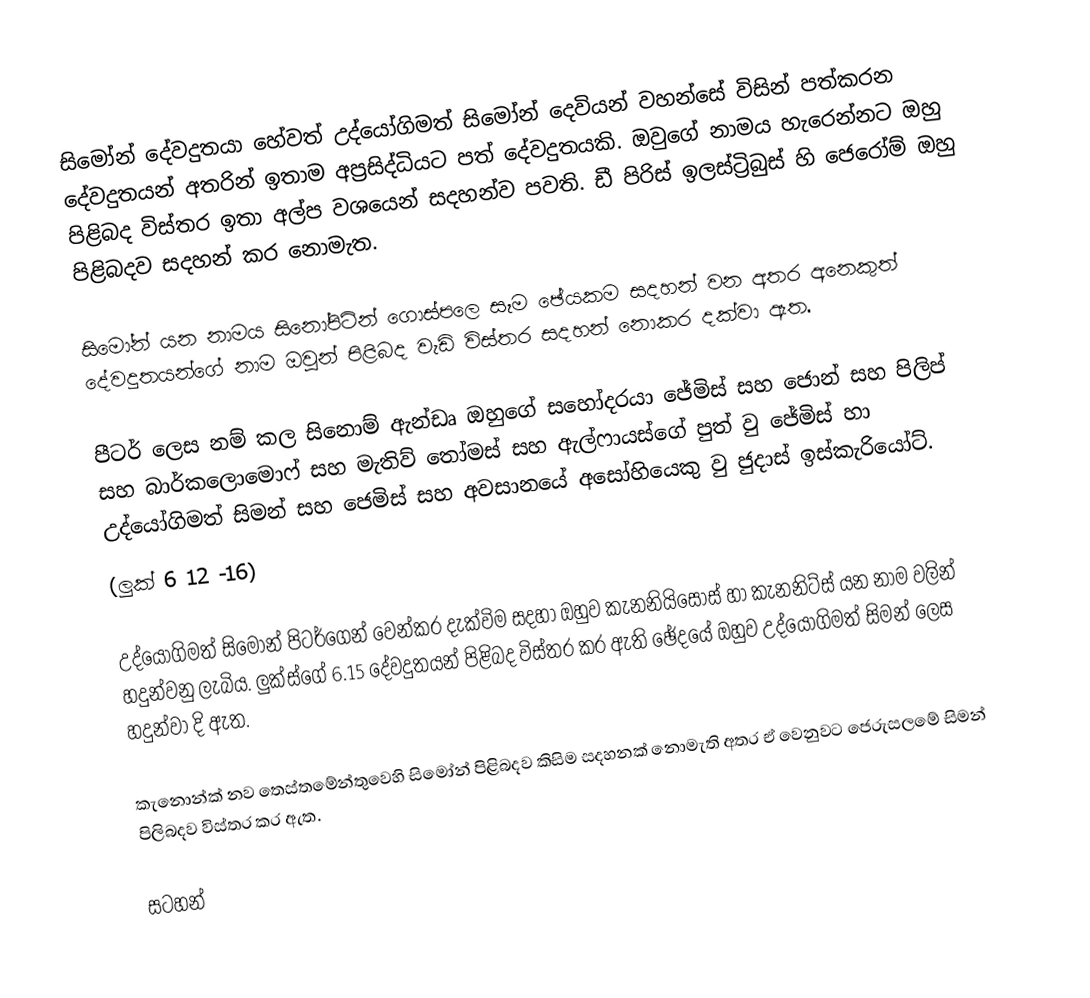
සිමෝන් දේවදුතයා හේවත් උද්යෝගිමත් සිමෝන් දෙවියන් වහන්සේ විසින් පත්කරන දේවදුතයන් අතරින් ඉතාම අප්‍රසිද්ධියට පත් දේවදුතයකි. ඔවුගේ නාමය හැරෙන්නට ඔහු පිළිබද විස්තර ඉතා අල්ප වශයෙන් සදහන්ව පවති. ඩී පිරිස් ඉලස්ට්‍රිබුස් හි ජෙරෝම් ඔහු පිළිබදව සදහන් කර නොමැත.

සිමෝන් යන නාමය සිනෝපිටින් ගොස්පලෙ සෑම ඡේයකම සදහන් වන අතර අනෙකුත් දේවදුතයන්ගේ නාම ඔවුන් පිළිබද වැඩි විස්තර සදහන් නොකර දක්වා ඇත.

පීටර් ලෙස නම් කල සිනොම් ඇන්ඩෘ ඔහුගේ සහෝදරයා ජේමිස් සහ ජොන් සහ පිලිප් සහ බාර්කලොමොෆ් සහ මැතිව් තෝමස් සහ ඇල්ෆායස්ගේ පුත් වු ජේමිස් හා උද්යෝගිමත් සිමන් සහ ජෙමිස් සහ අවසානයේ අ‍සෝහියෙකු වු ජුදාස් ඉස්කැරියෝට්.
(ලුක් 6 12 -16)

උද්යෝගිමත් සිමෝන් පිටර්ගෙන් වෙන්කර දැක්විම සදහා ඔහුව කැනනි‍යිසොස් හා කැනනිට්ස් යන නාම වලින් හදුන්වනු ලැබිය. ලුක්ස්ගේ 6.15 දේවදුතයන් පිළිබද විස්තර කර ඇති ඡේදයේ ඔහුව උද්යෝගිමත් සිමන් ලෙස හදුන්වා දි ඇත.

කැනොන්ක් නව තෙස්තමේන්තුවෙහි සිමෝන් පිළිබදව කිසිම සදහනක් නොමැති අතර ඒ වෙනුවට ජෙරුසලමේ සිමන් පිලිබදව විස්තර කර ඇත.

සටහන්